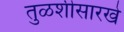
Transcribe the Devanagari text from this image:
तुळशीसारखे